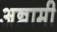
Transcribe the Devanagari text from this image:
अन्नामी